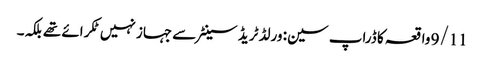
9/11 واقعہ کا ڈراپ سین: ورلڈ ٹریڈ سینٹر سے جہاز نہیں ٹکرائے تھے بلکہ۔